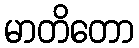
မာတိတော